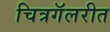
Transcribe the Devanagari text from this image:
चित्रगॅलरीत